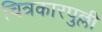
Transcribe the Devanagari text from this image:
चित्रकारपुल्ली